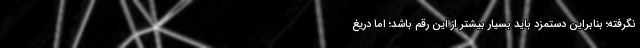
نگرفته؛ بنابراین دستمزد باید بسیار بیشتر از این رقم باشد؛ اما دریغ